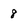
Character: 8